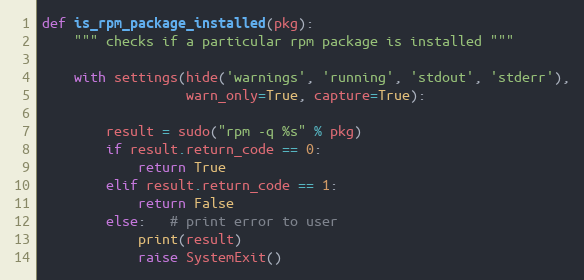
Language: Python
def is_rpm_package_installed(pkg):
    """ checks if a particular rpm package is installed """

    with settings(hide('warnings', 'running', 'stdout', 'stderr'),
                  warn_only=True, capture=True):

        result = sudo("rpm -q %s" % pkg)
        if result.return_code == 0:
            return True
        elif result.return_code == 1:
            return False
        else:   # print error to user
            print(result)
            raise SystemExit()